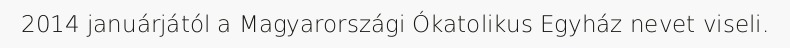
2014 januárjától a Magyarországi Ókatolikus Egyház nevet viseli.